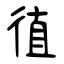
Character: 徝